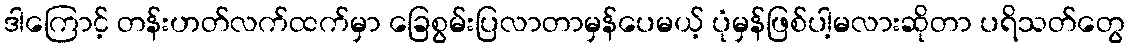
ဒါကြောင့် တန်းဟတ်လက်ထက်မှာ ခြေစွမ်းပြလာတာမှန်ပေမယ့် ပုံမှန်ဖြစ်ပါ့မလားဆိုတာ ပရိသတ်တွေ